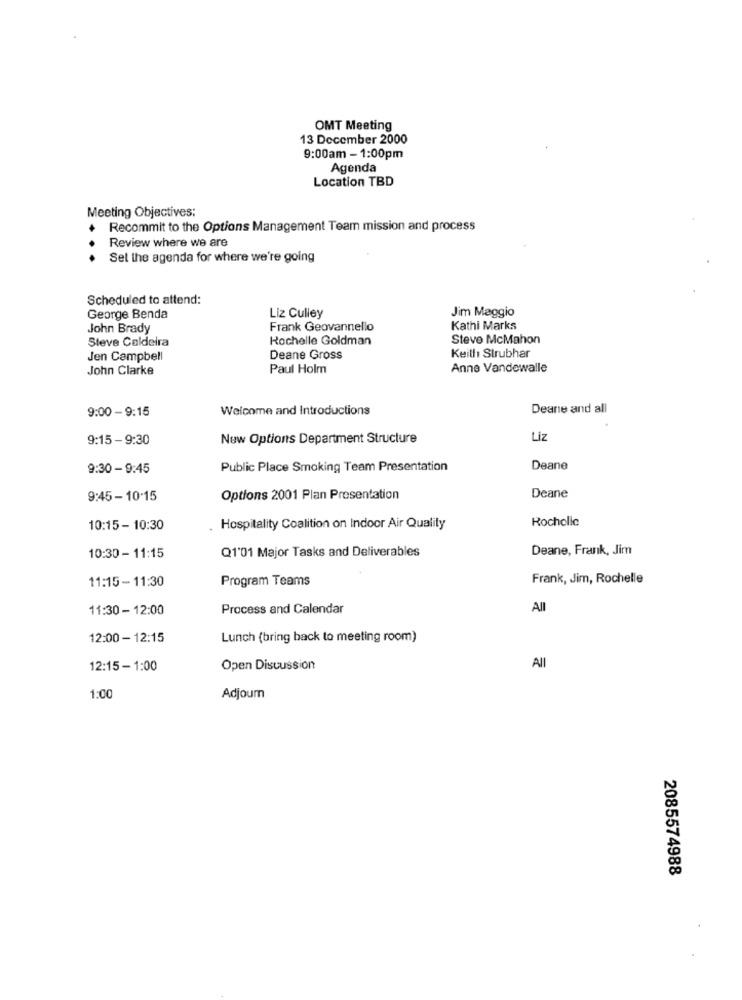
OMT Meeting
13 December 2000
9:00am - 1:00pm
Agenda
Location TBD
Meeting Objectives:
+ Recommit to the Options Management Team mission and process
Review where we are
Sel the agenda for where we're going
Scheduled to attend:
Jim Maggio
George Benda
Liz Culley
John Brady
Frank Geovannello
Kathi Marks
Steve Caldeira
Rochelle Goldman
Steve McMahon
Jen Campbell
Deane Gross
Keith Strubhar
John Clarke
Paul Holm
Anne Vandewalle
9:00 - 9:15
Welcome and Introductions
Deane and all
9:15 - 9:30
New Options Department Structure
Liz
9:30 - 9:45
Public Place Smoking Team Presentation
Deane
9:45 - 10-15
Options 2001 Plan Presentation
Deane
Rochelle
10:15 - 10:30
Hospitality Coalition on Indoor Air Quality
Q1'01 Major Tasks and Deliverables
Deane, Frank, Jim
10:30 - 11:15
Program Teams
Frank, Jim, Rochelle
11:15 - 11:30
11:30 - 12:00
Process and Calendar
All
12:00 - 12:15
Lunch (bring back to meeting room)
12:15- 1:00
Open Discussion
All
1:00
Adjourn
2085574988